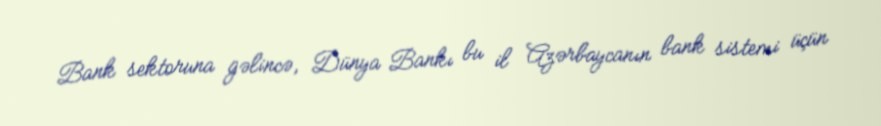
Bank sektoruna gəlincə, Dünya Bankı bu il Azərbaycanın bank sistemi üçün